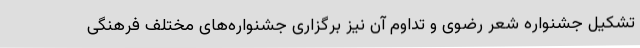
تشکیل جشنواره شعر رضوی و تداوم آن نیز برگزاری جشنواره‌های مختلف فرهنگی